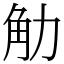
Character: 觔